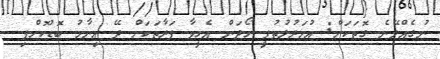
ނުގެއްލޭނެ ގޮތަކަށް: އުމަރުލުތުފީ ހޯދަން އެހީވާ ފަރާތަކަށް ދޭ އިނާމު ބޮޑުކޮށްފި